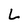
Character: L